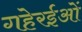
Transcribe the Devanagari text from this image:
गहेरईओं